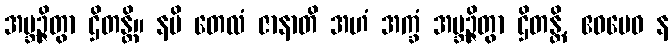
အဗ္ဘဉ္ဇိတွာ ဌိတန္တိ။ နပိ တေလံ ဇာနာတိ အဟံ အက္ခံ အဗ္ဘဉ္ဇိတွာ ဌိတန္တိ, ဧဝမေဝ န